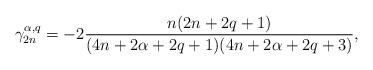
LaTeX: \begin{align*}\gamma_{2n}^{\alpha,q}=-2\frac{n(2n+2q+1)}{(4n+2\alpha+2q+1)(4n+2\alpha+2q+3)},\end{align*}